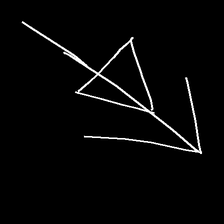
Glyph: pull